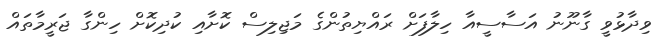
ވިދާޅުވީ ގާނޫނު އަސާސީއާ ހިލާފަށް ރައްޔިތުންގެ މަޖިލިސް ކޮށާއި ކުދިކޮށް ހިންގާ ޖަރީމާތައް